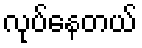
လုပ်နေတယ်